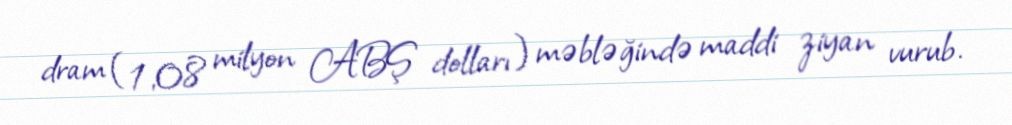
dram (1,08 milyon ABŞ dolları) məbləğində maddi ziyan vurub.